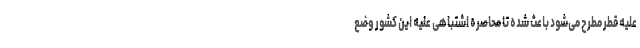
علیه قطر مطرح می‌شود باعث شده تا محاصره اشتباهی علیه این کشور وضع